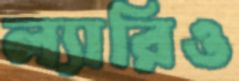
ল্যারিও